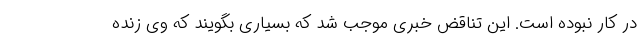
در کار نبوده است. این تناقض خبری موجب شد که بسیاری بگویند که وی زنده